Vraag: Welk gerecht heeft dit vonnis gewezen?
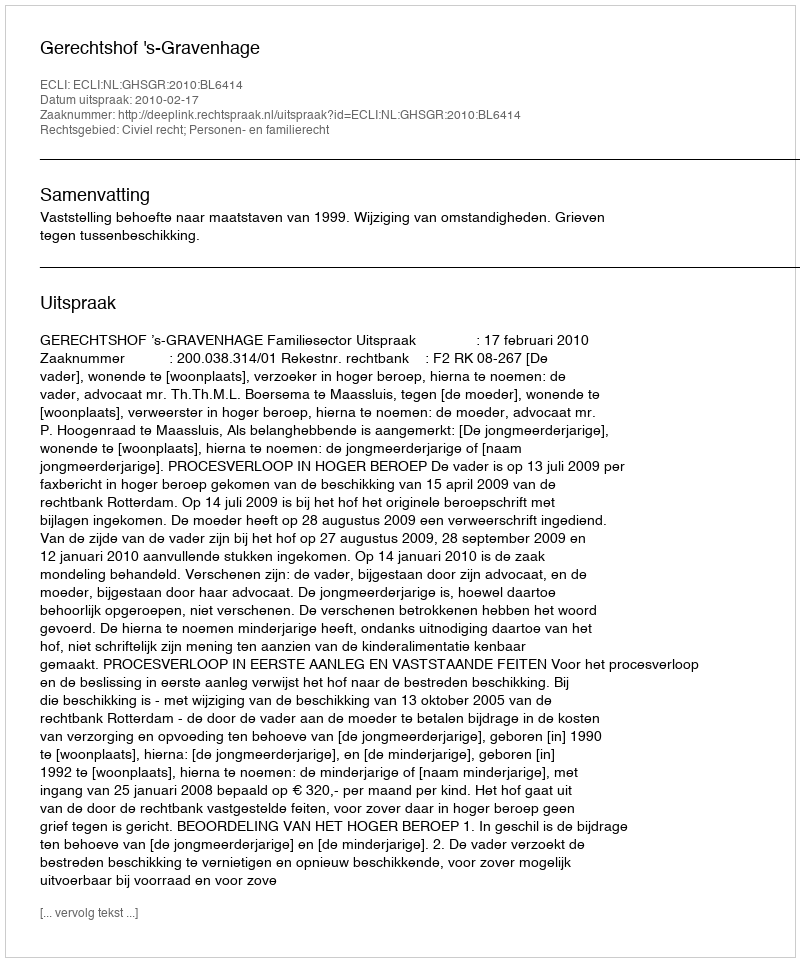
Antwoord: Gerechtshof 's-Gravenhage